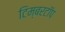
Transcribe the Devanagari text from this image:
टिम्बरटॉप